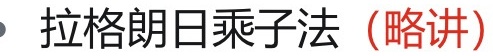
#NAME?